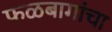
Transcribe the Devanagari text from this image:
फळबागांचा